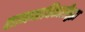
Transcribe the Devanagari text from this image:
सामनाधिकारीसुद्धा